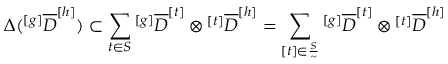
\Delta ( ^ { [ g ] } { \overline { { D } } } ^ { [ h ] } ) \subset \sum _ { t \in S } { ^ { [ g ] } { \overline { { D } } } ^ { [ t ] } } \otimes { ^ { [ t ] } { \overline { { D } } } ^ { [ h ] } } = \sum _ { [ t ] \in \frac { S } { \sim } } { ^ { [ g ] } { \overline { { D } } } ^ { [ t ] } } \otimes { ^ { [ t ] } { \overline { { D } } } ^ { [ h ] } }